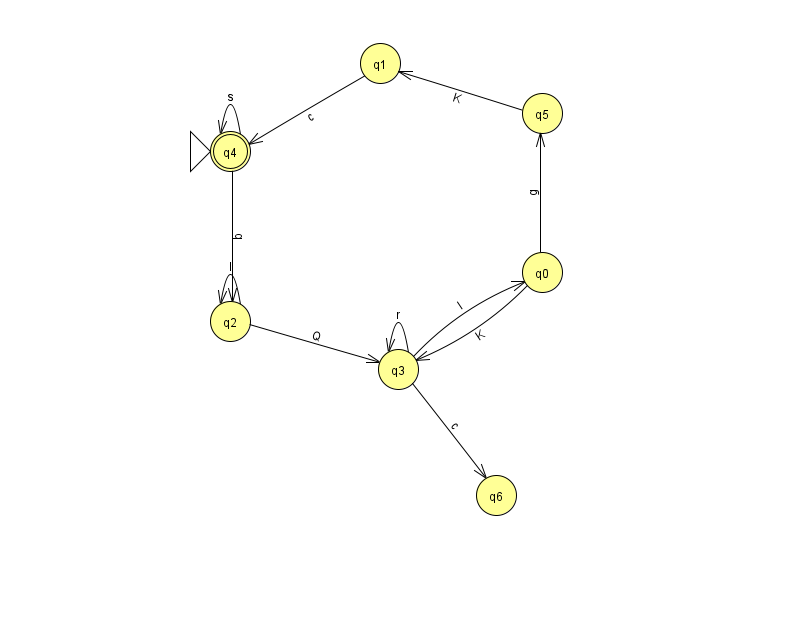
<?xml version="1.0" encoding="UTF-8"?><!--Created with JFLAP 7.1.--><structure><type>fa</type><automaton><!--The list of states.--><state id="0" name="q0"><x>542.0</x><y>259.0</y></state><state id="1" name="q1"><x>380.0</x><y>50.0</y></state><state id="2" name="q2"><x>230.0</x><y>308.0</y></state><state id="3" name="q3"><x>398.0</x><y>356.0</y></state><state id="4" name="q4"><x>230.0</x><y>138.0</y><initial/><final/></state><state id="5" name="q5"><x>542.0</x><y>100.0</y></state><state id="6" name="q6"><x>496.0</x><y>482.0</y></state><!--The list of transitions.--><transition><from>4</from><to>2</to><read>q</read></transition><transition><from>5</from><to>1</to><read>K</read></transition><transition><from>0</from><to>3</to><read>K</read></transition><transition><from>3</from><to>3</to><read>r</read></transition><transition><from>1</from><to>4</to><read>c</read></transition><transition><from>4</from><to>4</to><read>s</read></transition><transition><from>3</from><to>0</to><read>l</read></transition><transition><from>2</from><to>2</to><read>I</read></transition><transition><from>2</from><to>3</to><read>Q</read></transition><transition><from>0</from><to>5</to><read>g</read></transition><transition><from>3</from><to>6</to><read>c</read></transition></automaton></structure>